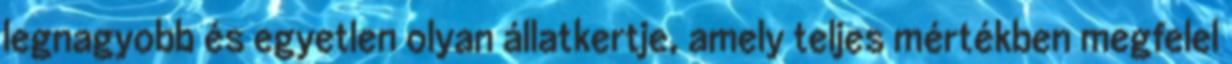
legnagyobb és egyetlen olyan állatkertje, amely teljes mértékben megfelel